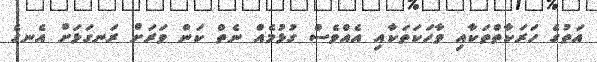
އަތުގެ ހަރަކާތްތަކާއި ވާހަކަތަކާއި އެއްވެސް ގުޅުމެއް ނެތް ކަން ވަރަށް ރަނގަޅަށް އެނގެ